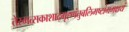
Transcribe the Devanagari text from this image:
तेस्मत्सकाशाद्गृह्णंतुबलिमष्टांगमक्षयं